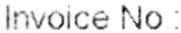
INVOICE NO :